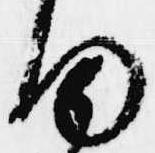
ま